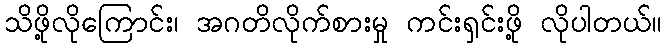
သိဖို့လိုကြောင်း၊ အဂတိလိုက်စားမှု ကင်းရှင်းဖို့ လိုပါတယ်။